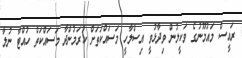
ރައީސް މައުމޫނުގެ ވަކީލުން ވިދާޅުވީ އިސްލާހީ މަސައްކަތަށް ކުރަމުންދާ މަސައްކަތް ހުއްޓާ ނުލާ